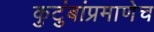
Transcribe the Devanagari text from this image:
कुटुंबांप्रमाणेच